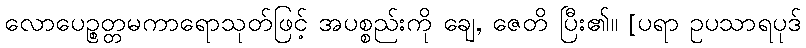
လောပေဉ္စတ္တမကာရောသုတ်ဖြင့် အပစ္စည်းကို ချေ, ဇေတိ ပြီး၏။ [ပရာ ဥပသာရပုဒ်